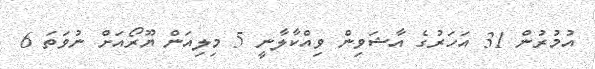
އުމުރުން 31 އަހަރުގެ އާޝަވިން ވިއްކާލާނީ 5 މިލިއަން ޔޫރޯއަށް ނުވަތަ 6